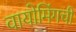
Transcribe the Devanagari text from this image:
वायोमिंगची